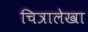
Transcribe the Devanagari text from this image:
चित्रालेखा